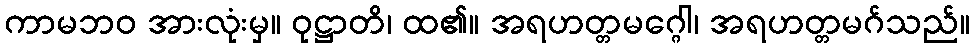
ကာမဘဝ အားလုံးမှ။ ဝုဋ္ဌာတိ၊ ထ၏။ အရဟတ္တမဂ္ဂေါ၊ အရဟတ္တမဂ်သည်။